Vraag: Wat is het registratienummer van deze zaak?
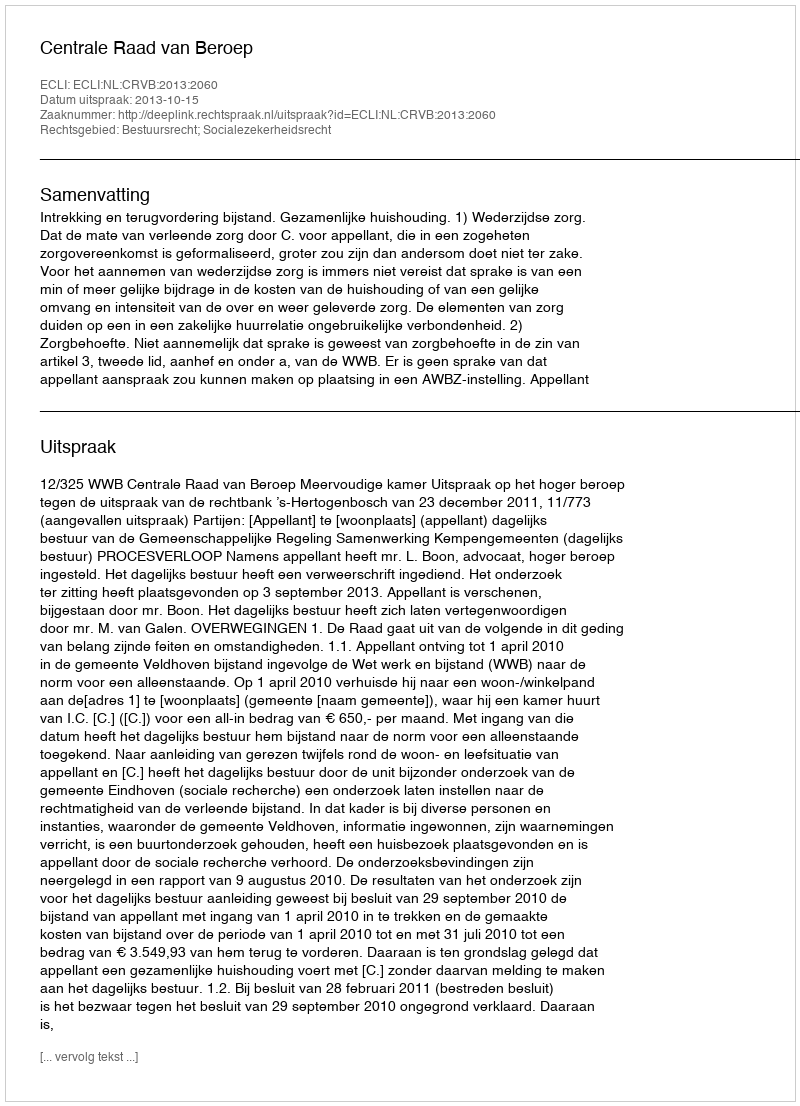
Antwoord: http://deeplink.rechtspraak.nl/uitspraak?id=ECLI:NL:CRVB:2013:2060